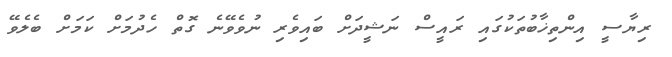
ރިޔާސީ އިންތިޚާބުތަކުގައި ރައީސް ނަޝީދަށް ބައިވެރި ނުވެވޭނެ ގޮތް ހެދުމަށް ކަމަށް ބެލެވޭ